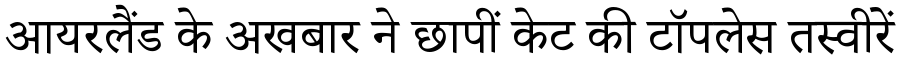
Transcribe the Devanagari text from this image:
आयरलैंड के अखबार ने छापीं केट की टॉपलेस तस्वीरें